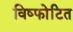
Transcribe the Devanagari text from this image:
विष्फोटित